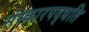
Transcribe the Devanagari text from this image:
संस्कारपद्धति